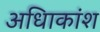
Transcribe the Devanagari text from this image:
अधिाकांश